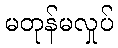
မတုန်မလှုပ်